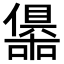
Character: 𭌀